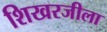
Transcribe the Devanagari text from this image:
शिखरजीला